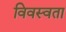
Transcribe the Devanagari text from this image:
विवस्वता